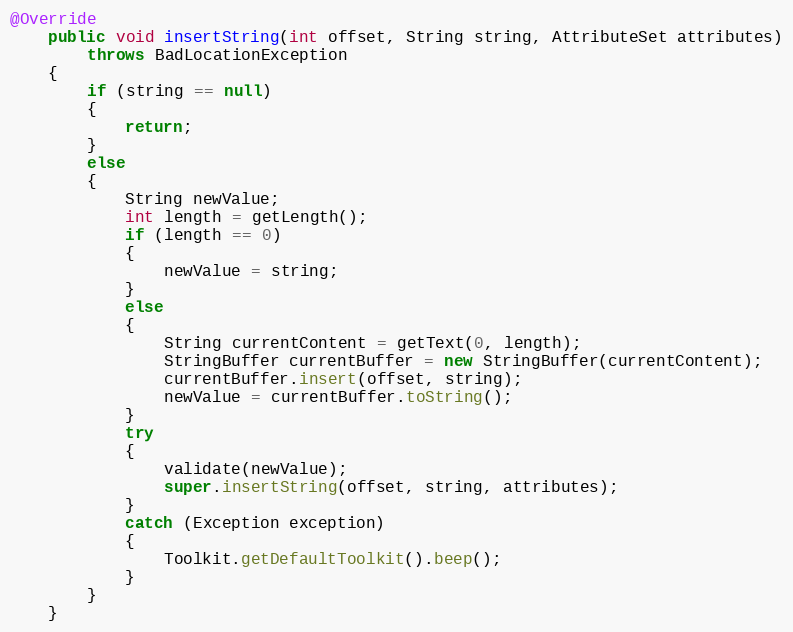
Language: Java
@Override
	public void insertString(int offset, String string, AttributeSet attributes)
		throws BadLocationException
	{
		if (string == null)
		{
			return;
		}
		else
		{
			String newValue;
			int length = getLength();
			if (length == 0)
			{
				newValue = string;
			}
			else
			{
				String currentContent = getText(0, length);
				StringBuffer currentBuffer = new StringBuffer(currentContent);
				currentBuffer.insert(offset, string);
				newValue = currentBuffer.toString();
			}
			try
			{
				validate(newValue);
				super.insertString(offset, string, attributes);
			}
			catch (Exception exception)
			{
				Toolkit.getDefaultToolkit().beep();
			}
		}
	}